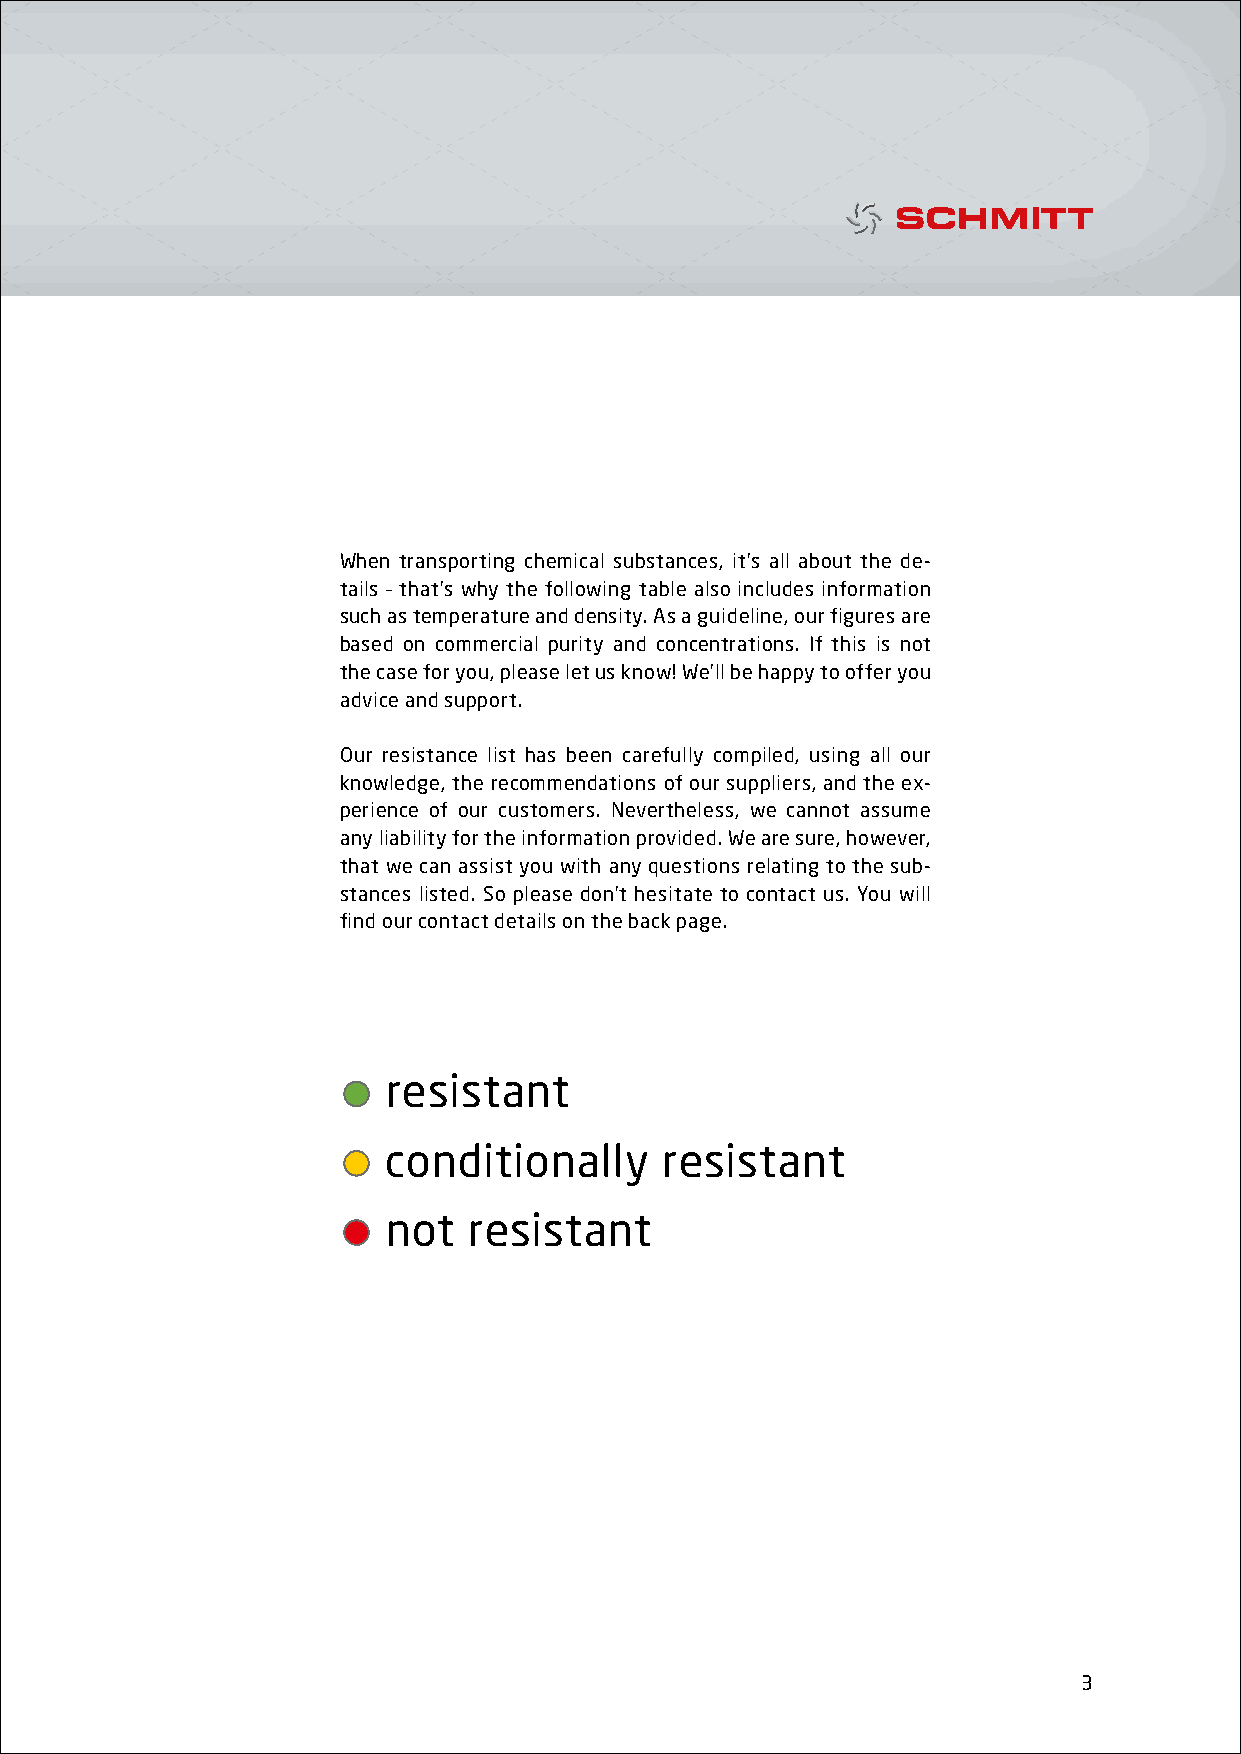
When transporting chemical substances, it’s all about the de-
 tails – that’s why the following table also includes information
 such as temperature and density. As a guideline, our figures are
 based on commercial purity and concentrations. If this is not
 the case for you, please let us know! We’ll be happy to offer you
 advice and support.
 Our resistance list has been carefully compiled, using all our
 knowledge, the recommendations of our suppliers, and the ex-
 perience of our customers. Nevertheless, we cannot assume
 any liability for the information provided. We are sure, however,
 that we can assist you with any questions relating to the sub-
 stances listed. So please don’t hesitate to contact us. You will
 find our contact details on the back page.
 resistant
 conditionally     resistant
 not  resistant
 3